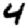
Digit: 4